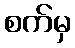
စက်မှ